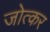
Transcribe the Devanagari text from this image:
जोत्कर